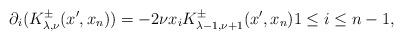
LaTeX: \begin{align*} \partial_{i} (K^\pm_{\lambda,\nu}(x^\prime,x_n))=-2\nu x_i K^\pm_{\lambda-1,\nu+1}(x^\prime,x_n)1\leq i\leq n-1, \end{align*}